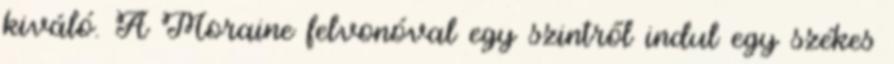
kiváló. A Moraine felvonóval egy szintről indul egy székes